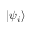
| \psi _ { i } \rangle